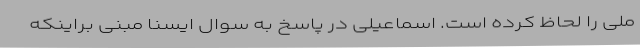
ملی را لحاظ کرده است. اسماعیلی در پاسخ به سوال ایسنا مبنی براینکه